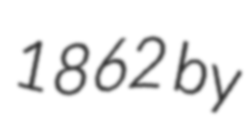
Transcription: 1862 by